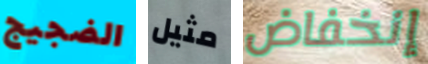
الضجيج مثيل إنخفاض